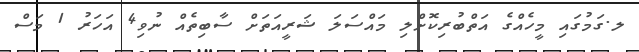
ލ.ގަމުގައި މީހެއްގެ އަތްބުރިކޮށްލި މައްސަލަ ޝަރީއަތަށް ސާބިތެއް ނުވި4 އަހަރު 1 މަސް